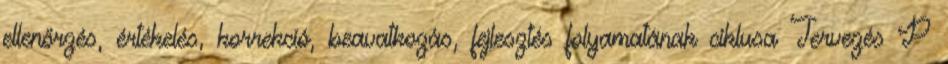
ellenőrzés, értékelés, korrekció, beavatkozás, fejlesztés folyamatának ciklusa Tervezés P